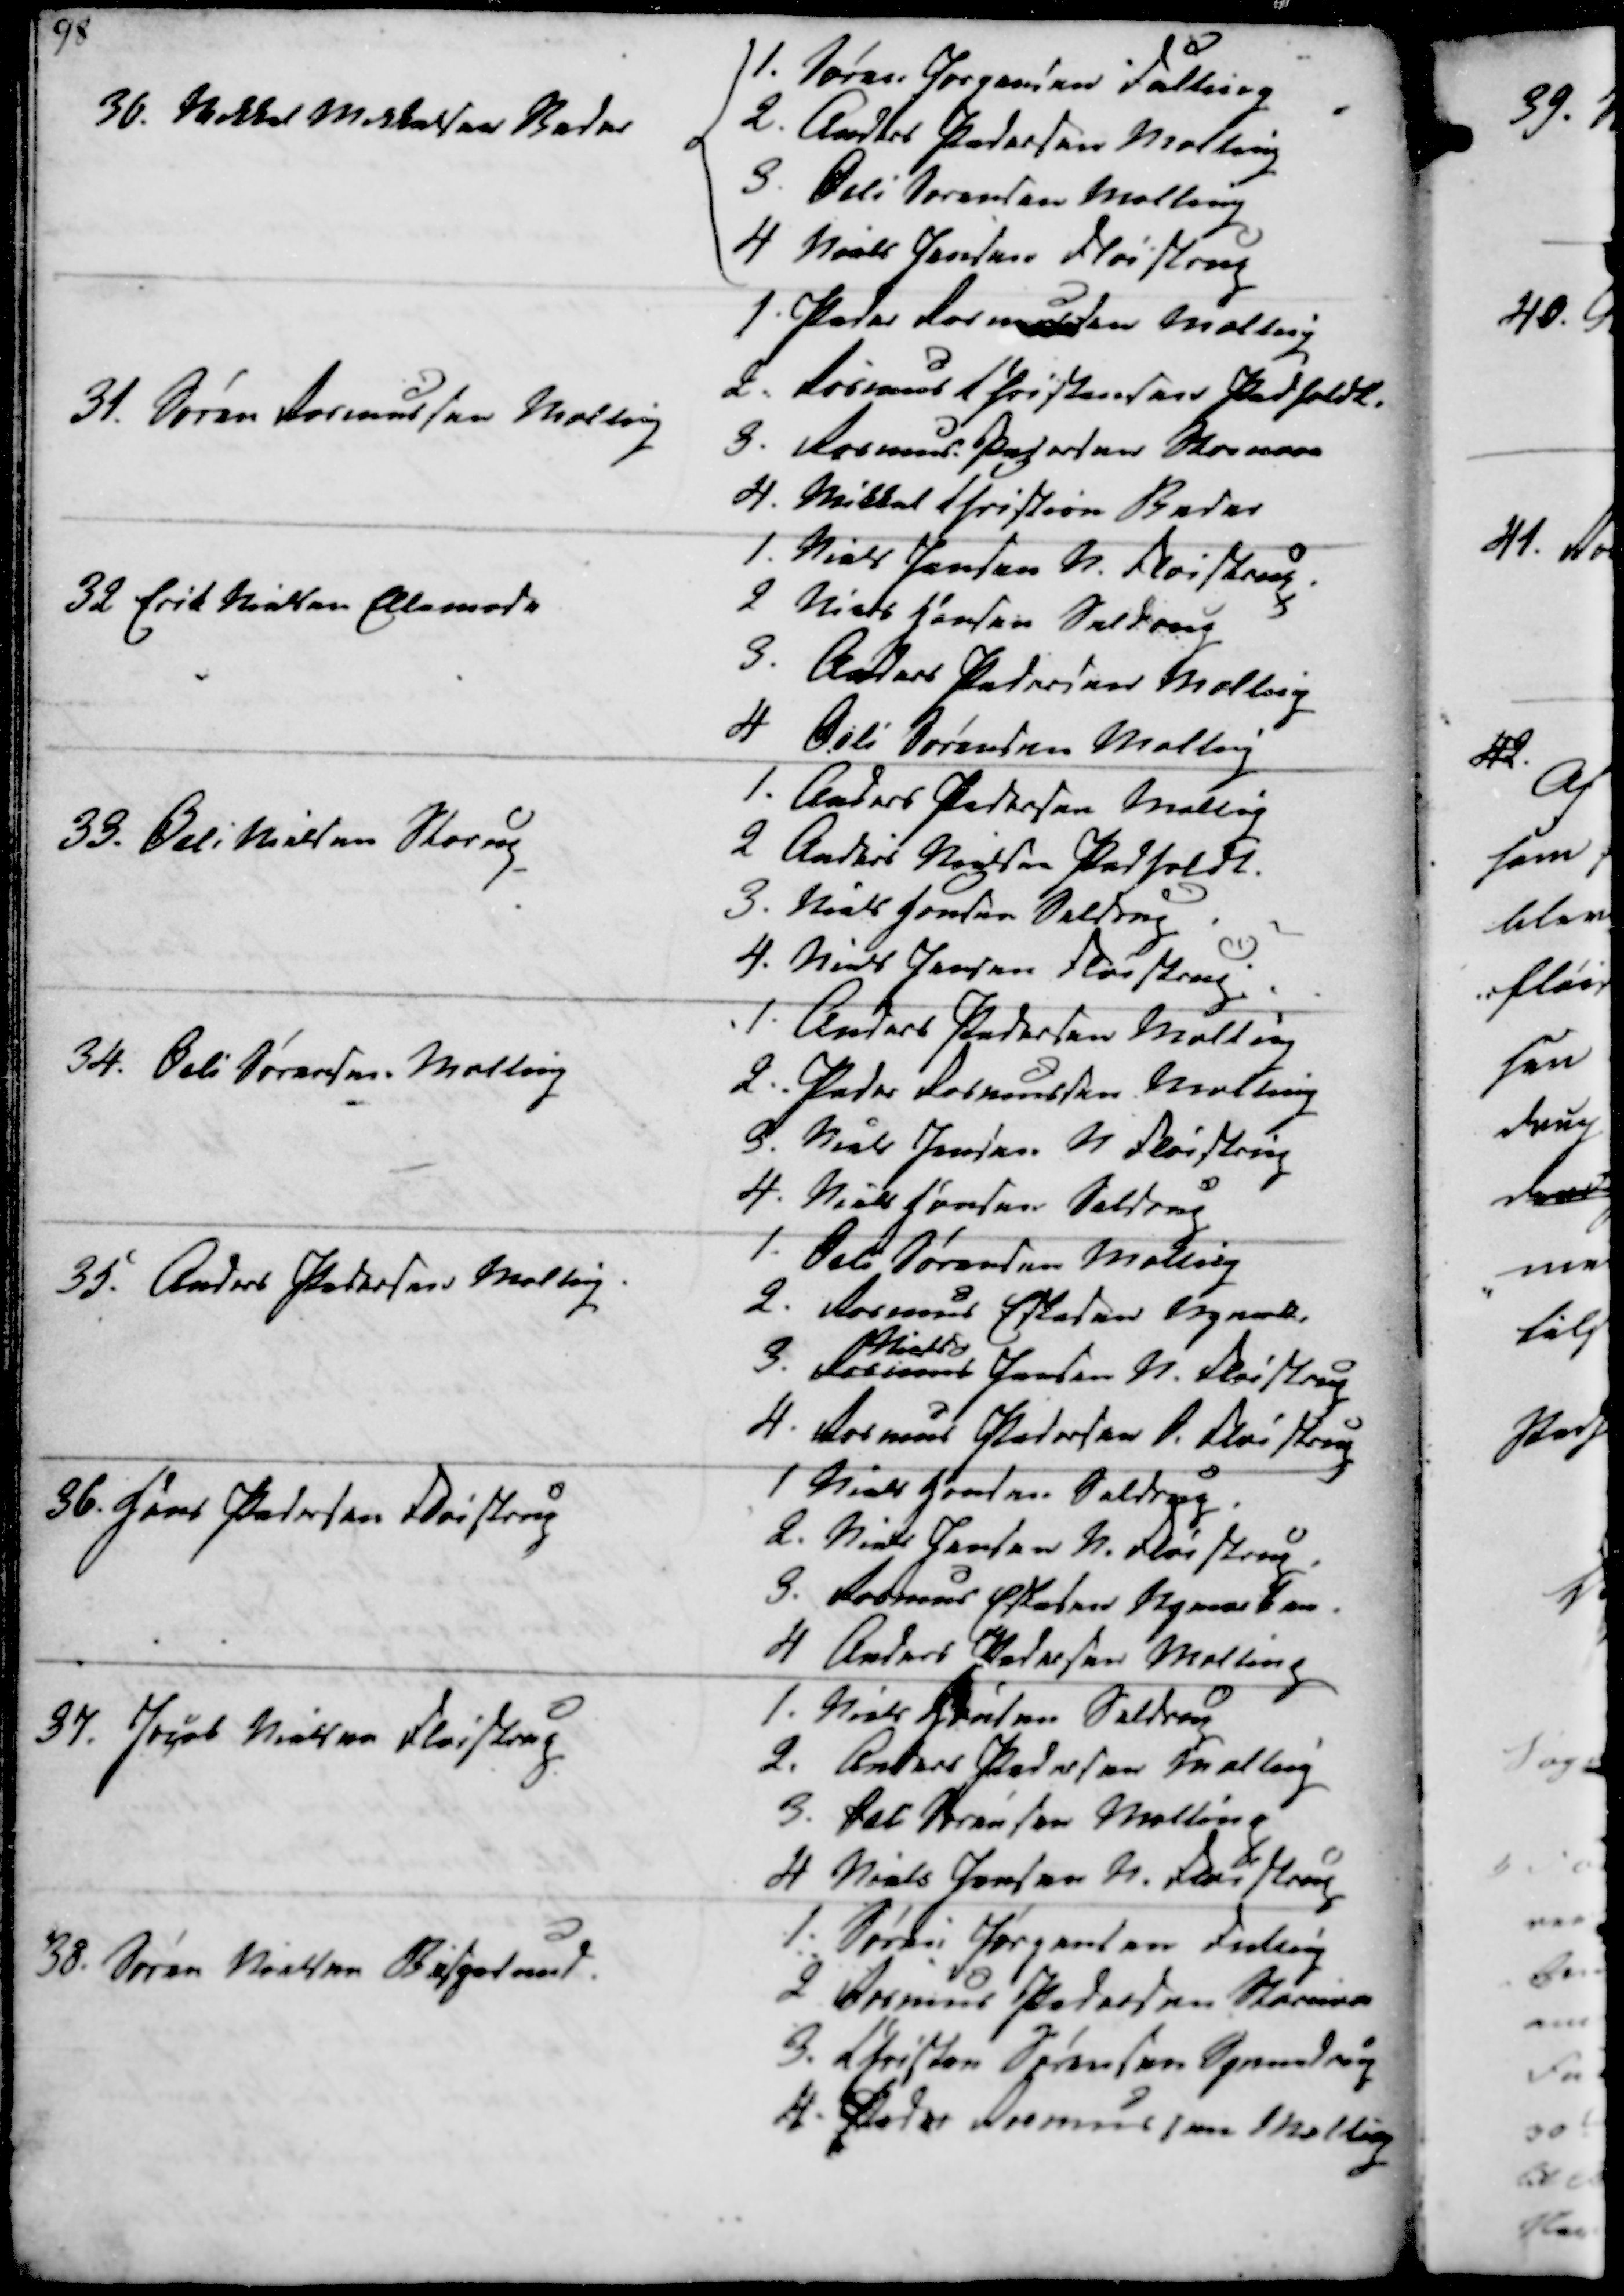
Transskription:
36 Mikkel Mikkelsen Beder
1. Søren Jørgensen Fulling
2. Anders Pedersen Malling
3. Øvli Sørensen Malling
4. Niels Jensen Fløistrup

31. Søren Rasmussen Malling
1. Peder Rasmussen Malling
2. Rasmus Christensen Pedholdt
3. Rasmus Pedersen Stornor
4. Mikkel Christian Beder

32 Erik Nielsen Ellemose
1. Niels Jensen N. Fløistrup
2 Niels Hansen Seldrup
3. Anders Pedersen Malling
4 Øvli Sørensen Malling

33. Øvli Nielsen Starup
1. Anders Pedersen Malling
2 Anders Nielsen Pedholdt
3. Niels Hansen Seldrup
4. Niels Jensen Fløistrup

34. Beli Sørensen, Malling
1. Anders Pedersen Malling
2. Peder Rasmussen Malling
3. Niels Jensen N. Fløistrup
4. Niels Jensen Seldrup

35. Anders Pedersen Malling
1. Øvli Sørensen Malling
2. Rasmus Eskesen Nymark.
3. Rasmus
Niels Jensen N. Fløistrup
4. Rasmus Pedersen O. Fløistrup

36. Hans Pedersen Fløistrup
1 Niels Hansen, Seldrup.
2. Niels Jensen N. Fløistrup
3. Rasmus Eskesen Nymarken
4 Anders Pedersen Malling

37 Jacob Nielsen Fløistrup
1. Niels Hansen Seldrup
2. Anders Pedersen Malling
3. Ras. Sørensen Malling
4 Niels Jensen N. Fløistrup

38. Søren Nielsen Bisgaard.
1. Søren Jørgensen Fulling
2 Rasmus Pedersen Stornor
3. Christen Sørensen Synnedrup
4. Peder Rasmussen Malling